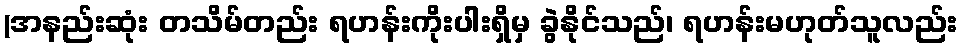
(အနည်းဆုံး တသိမ်တည်း ရဟန်းကိုးပါးရှိမှ ခွဲနိုင်သည်၊ ရဟန်းမဟုတ်သူလည်း